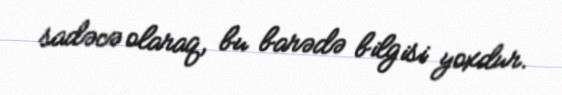
sadəcə olaraq, bu barədə bilgisi yoxdur.